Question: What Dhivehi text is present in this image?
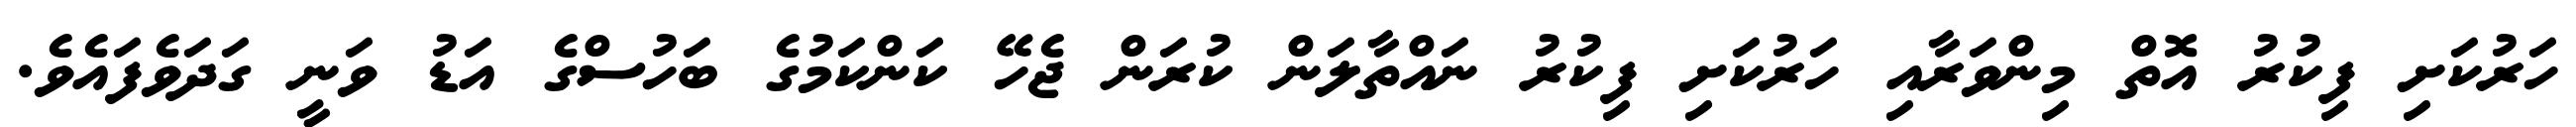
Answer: ހަރުކަށި ފިކުރު އޮތް މިންވަރާއި ހަރުކަށި ފިކުރު ނައްތާލަން ކުރަން ޖެހޭ ކަންކަމުގެ ބަހުސްގެ އަޑު ވަނީ ގަދަވެފައެވެ.